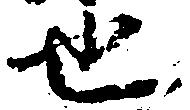
也